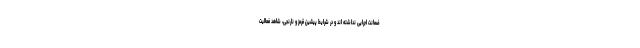
ضمانت اجرایی نداشته اند و در شرایط پیشین قرمز و نارنجی، شاهد فعالیت